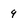
Character: 9